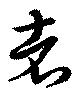
者